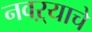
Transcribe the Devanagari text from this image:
नवऱ्याचे